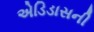
એડિડાસની